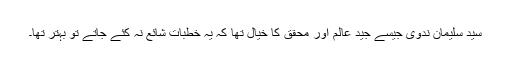
سید سلیمان ندوی جیسے جید عالم اور محقق کا خیال تھا کہ یہ خطبات شائع نہ کئے جاتے تو بہتر تھا۔